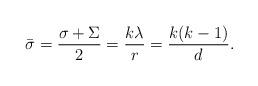
LaTeX: \begin{align*} \bar{\sigma} = \frac{\sigma+\Sigma}{2} = \frac{k\lambda}{r} = \frac{k(k-1)}{d}.\end{align*}